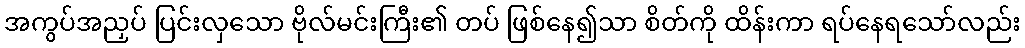
အကွပ်အညှပ် ပြင်းလှသော ဗိုလ်မင်းကြီး၏ တပ် ဖြစ်နေ၍သာ စိတ်ကို ထိန်းကာ ရပ်နေရသော်လည်း